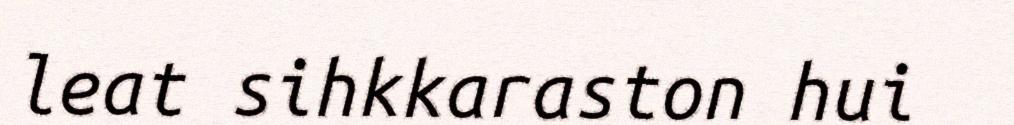
leat sihkkaraston hui